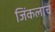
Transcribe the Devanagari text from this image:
जिंकलाच